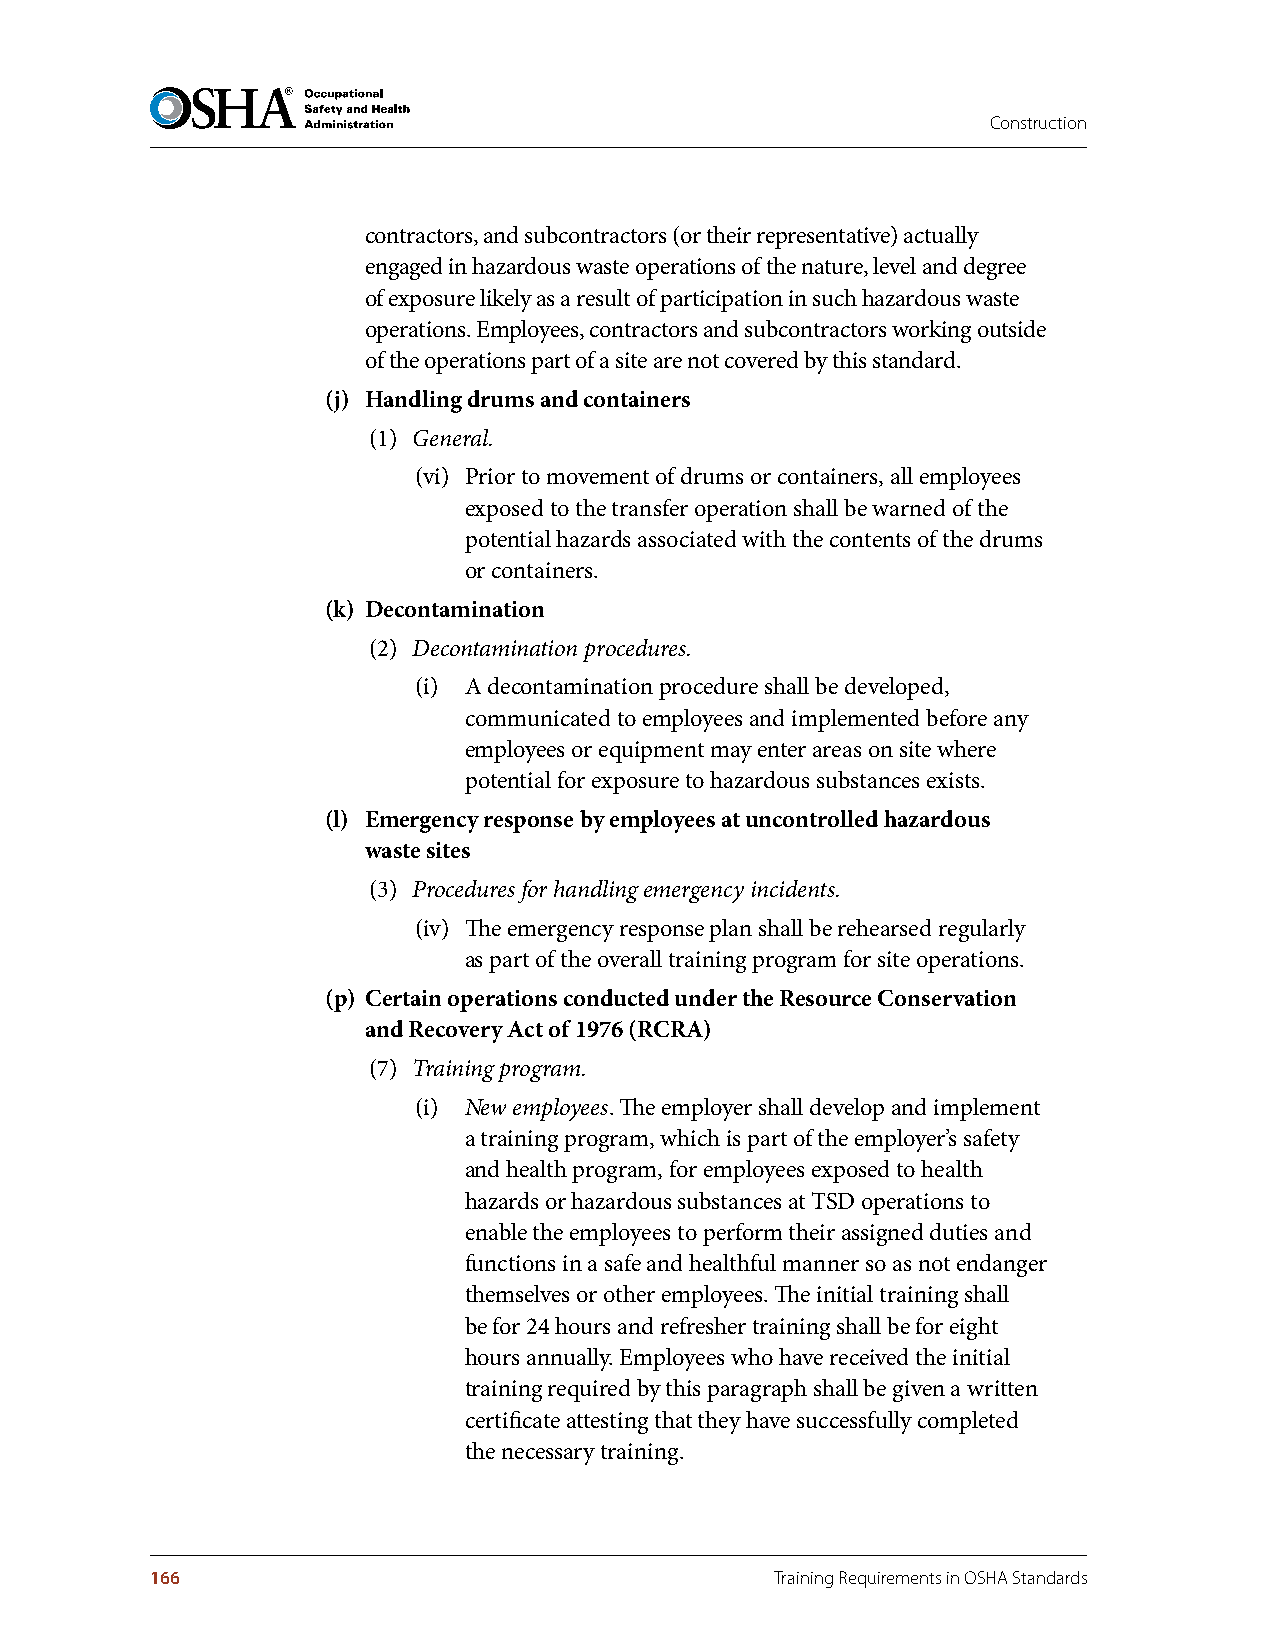
Construction
 contractors, and subcontractors (or their representative) actually
 engaged in hazardous waste operations of the nature, level and degree
 of exposure likely as a result of participation in such hazardous waste
 operations. Employees, contractors and subcontractors working outside
 of the operations part of a site are not covered by this standard.
 (j) Handling drums and containers
 (1) General.
 (vi) Prior to movement of drums or containers, all employees
 exposed to the transfer operation shall be warned of the
 potential hazards associated with the contents of the drums
 or containers.
 (k) Decontamination
 (2) Decontamination procedures.
 (i) A decontamination procedure shall be developed,
 communicated to employees and implemented before any
 employees or equipment may enter areas on site where
 potential for exposure to hazardous substances exists.
 (l) Emergency response by employees at uncontrolled hazardous
 waste sites
 (3) Procedures for handling emergency incidents.
 (iv) The emergency response plan shall be rehearsed regularly
 as part of the overall training program for site operations.
 (p) Certain operations conducted under the Resource Conservation
 and Recovery Act of 1976 (RCRA)
 (7) Training program.
 (i) New employees. The employer shall develop and implement
 a training program, which is part of the employer’s safety
 and health program, for employees exposed to health
 hazards or hazardous substances at TSD operations to
 enable the employees to perform their assigned duties and
 functions in a safe and healthful manner so as not endanger
 themselves or other employees. The initial training shall
 be for 24 hours and refresher training shall be for eight
 hours annually. Employees who have received the initial
 training required by this paragraph shall be given a written
 certificate attesting that they have successfully completed
 the necessary training.
 166                                      Training Requirements in OSHA Standards